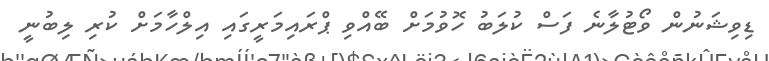
ޑިވިޝަނުން ވޯޓުލާނެ ފަސް ކުލަބު ހޮވުމަށް ބޭއްވި ޕްރައިމަރީގައި އިލްހާމަށް ކުރި ލިބުނީ